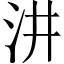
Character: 汫